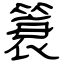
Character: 簑